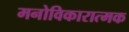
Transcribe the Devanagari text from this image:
मनोविकारात्मक